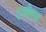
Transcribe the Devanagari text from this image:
३जीएस